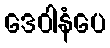
ဒေဝါနံပေ